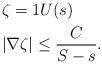
LaTeX: \begin{align*} & \zeta=1 U(s) \\&|\nabla \zeta| \le \frac C {S-s}.\end{align*}